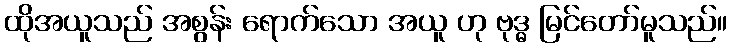
ထိုအယူသည် အစွန်း ရောက်သော အယူ ဟု ဗုဒ္ဓ မြင်တော်မူသည်။